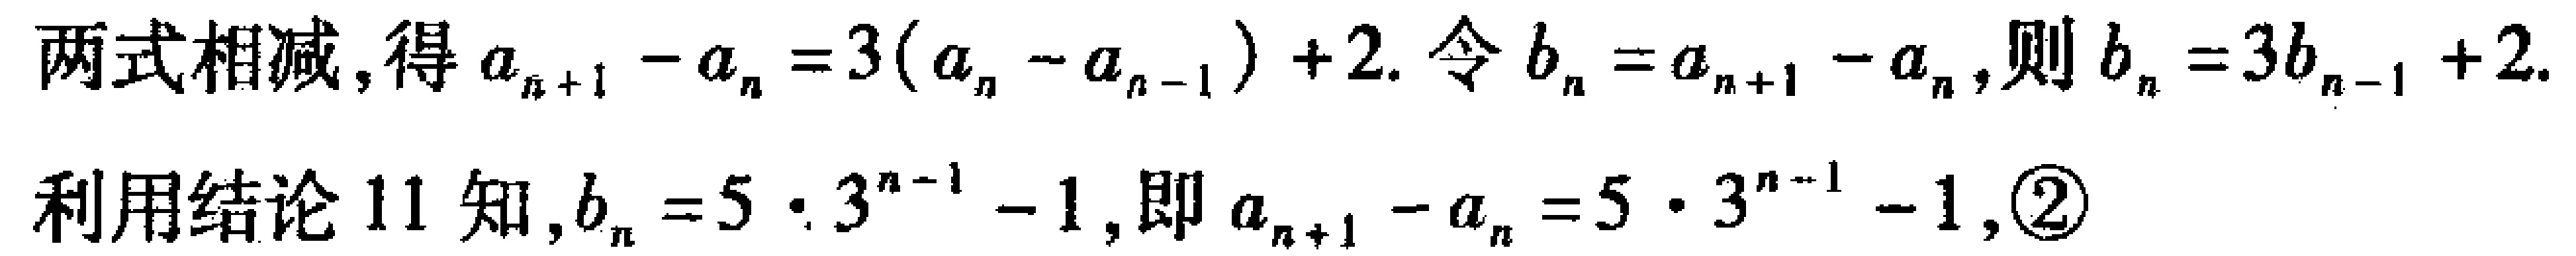
两式相减, 得$a_{n + 1} - a_{n} = 3(a_{n} - a_{n - 1}) + 2$. 令$b_{n} = a_{n + 1} - a_{n}$, 则$b_{n} = 3b_{n - 1} + 2$.
利用结论 11 知,$b_{n} = 5\cdot3^{n - 1} - 1$, 即$a_{n + 1} - a_{n} = 5\cdot3^{n - 1} - 1$, \textcircled{2}